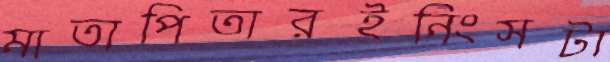
মাতাপিতারইনিংসটা